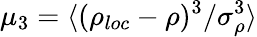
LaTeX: \mu_{3}=\langle(\rho_{loc}-\rho)^{3}/\sigma_{\rho}^{3}\rangle